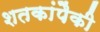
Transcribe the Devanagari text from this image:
शतकांपैकी